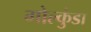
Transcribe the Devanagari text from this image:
गोल्कुंडा